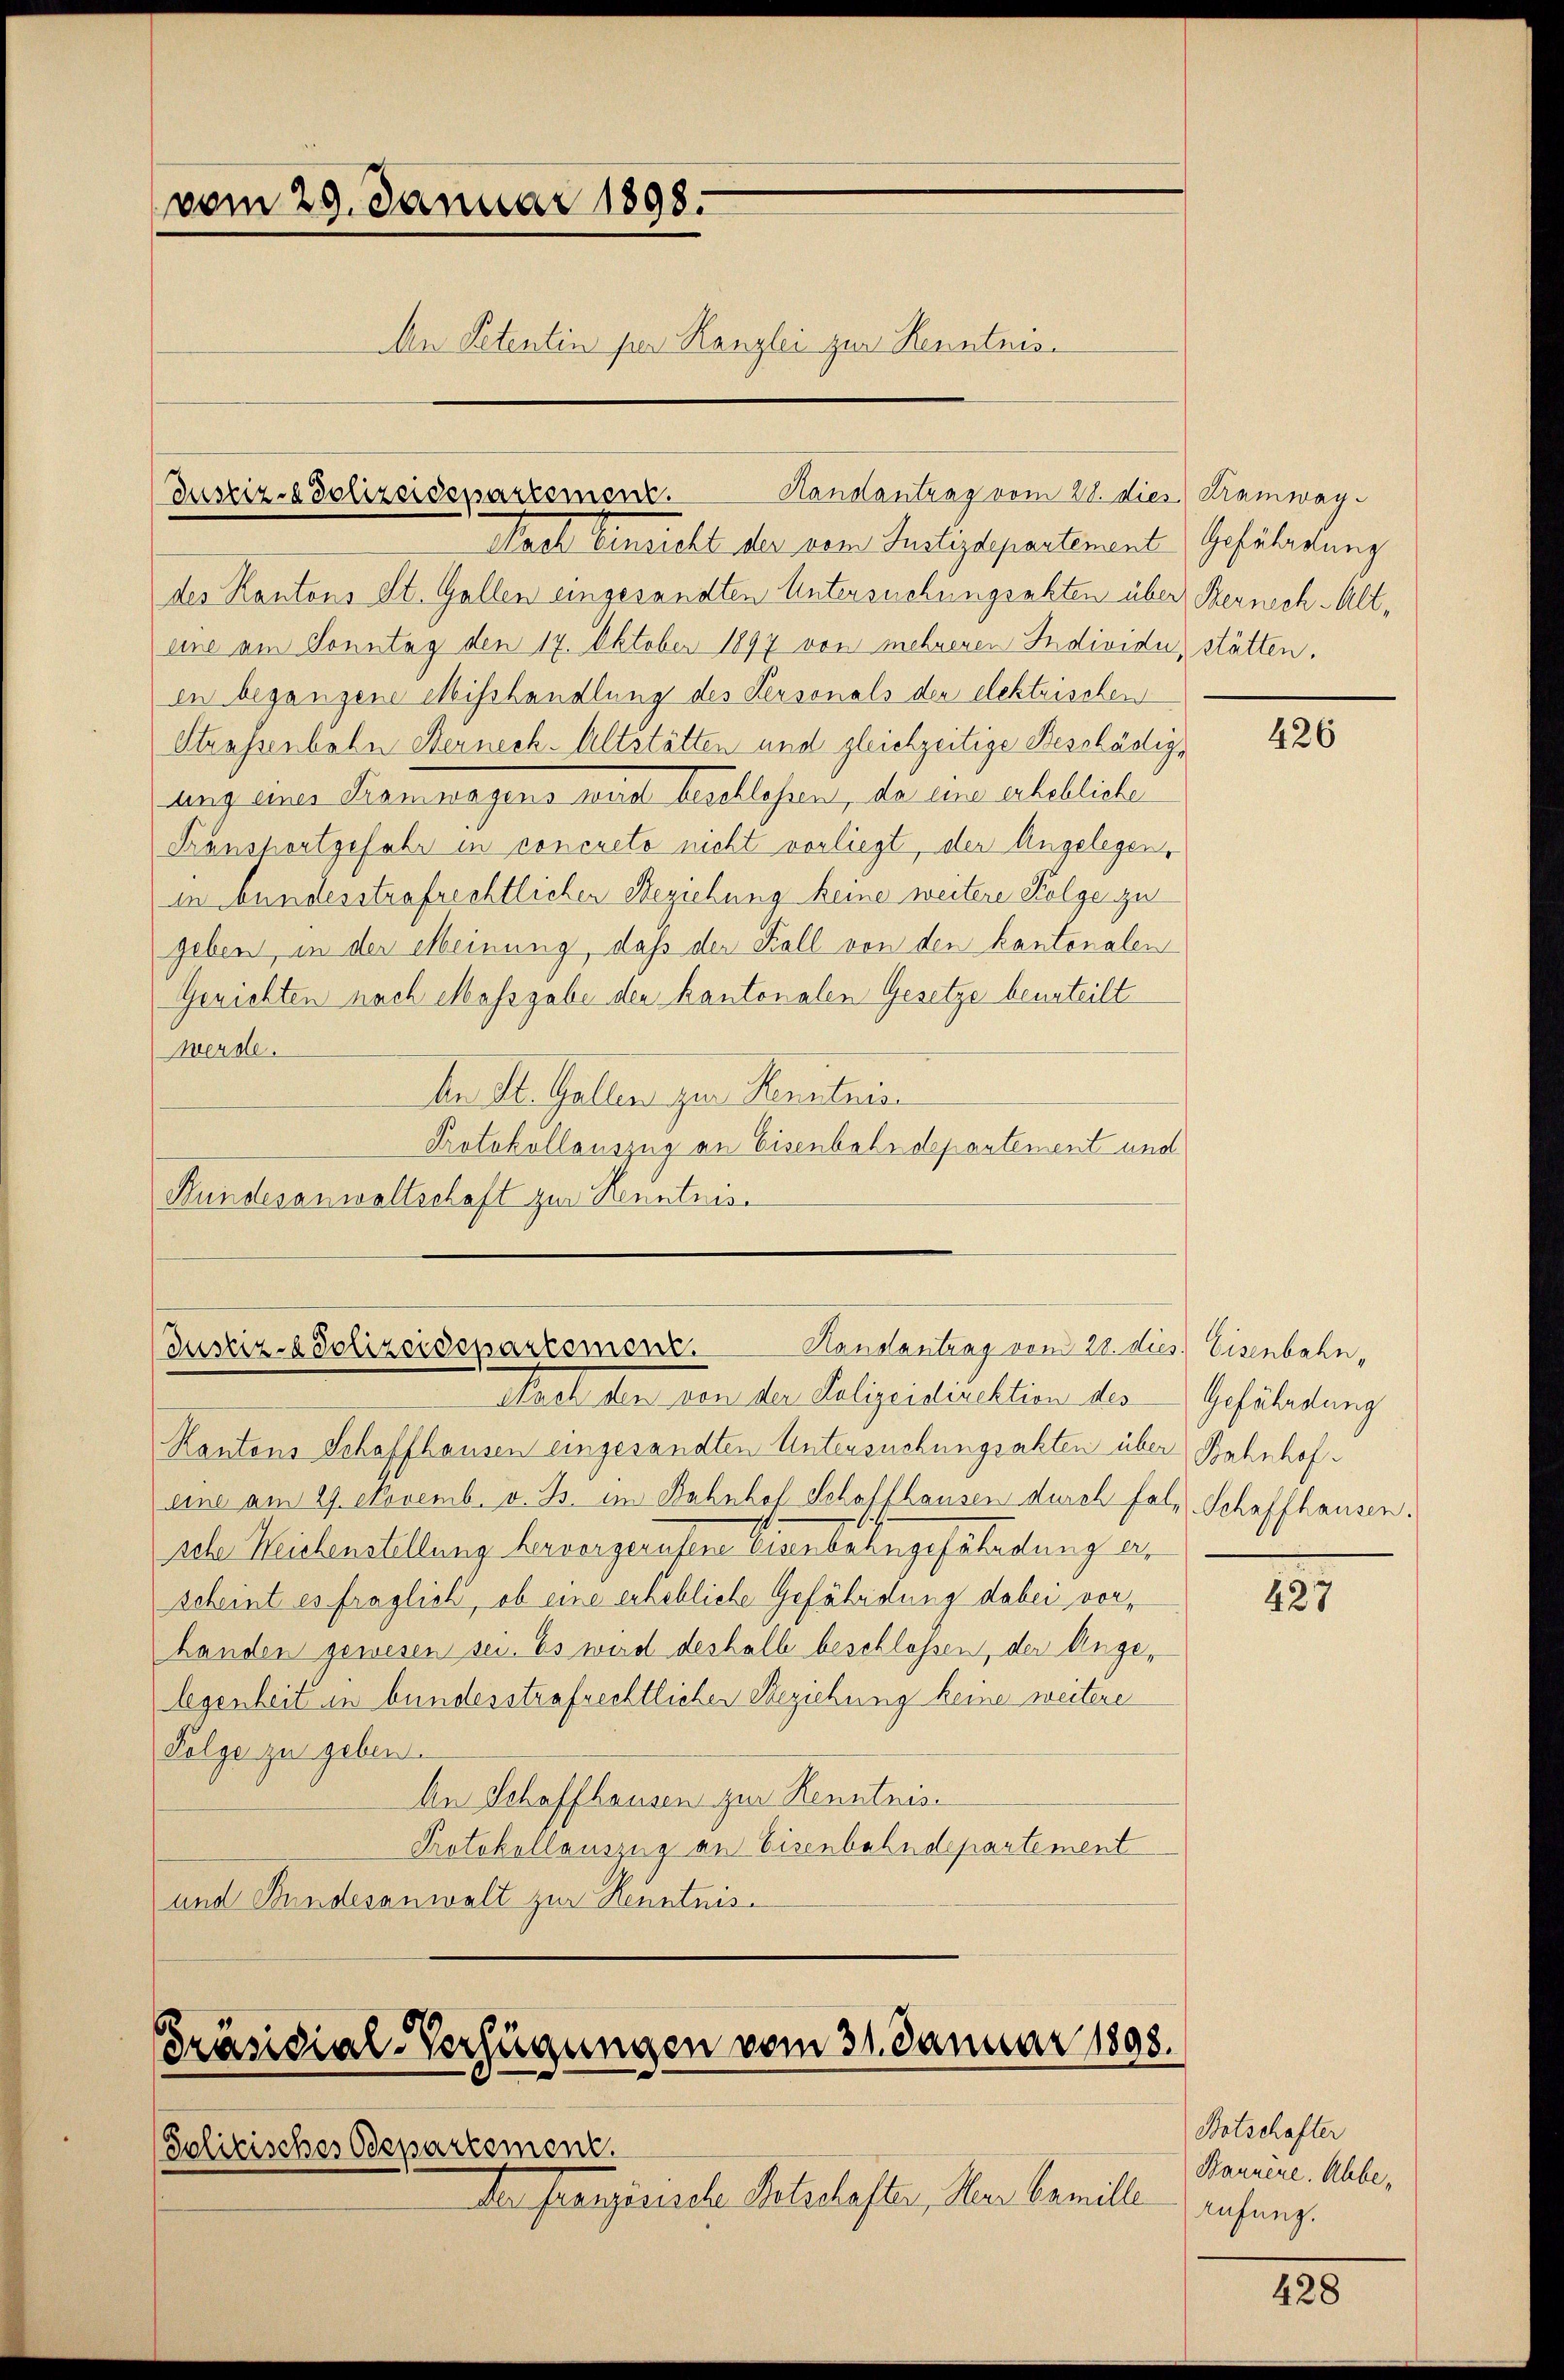
vom 29. Januar 1898.
An Petentin per Kanzlei zur Kenntnis¬

Justiz-Polizeidepartement.

des Kantons St. Gallen eingesandten Untersuchungsakten über Berneh-Alteine am Sonntag den 17. Oktober 1897 von mehreren Individu, stätten.
in begangene Misshandlung des Personals der elektrischen
Strassenbahn Berneck. Altstätten und gleichzeitige Beschädiguung einer Sitzungens mit Karlehen, die eine ausbliche
Transportgefahr in concreto nicht vorliegt, der Angelegen,
in bundesstrafrechtlichen Beziehung keine weitere Folge zu
geben, in der Meinung, daß der Fall von den kantonalen
Gerichten nach Massgabe den kantonalen Gesetze beurteilt
werde.
Der St. Gallen zur Kenntnis
Protokollauszug an Eisenbahr departement und
Bundesanwaltschaft zur Kenntnis

Handantrag vom 28. dies Tramway¬

Handantrag vom 28. dies Eisenbahn,
Justiz- & Polizeidepartement.

Nach Einsicht der vom Justizdepartement Geführung

Saal der von der Polizeidirektion des Gefährdung
Kantons Schaffhausen eingesandten Untersuchungsakten über Bahnhofeine am 29. Novemb. v. Js. im Bahnhof Schaffhausen durch fol, Schaffhausen.
sehe Kriebenstellung hervergeressen Eisenbahngesaladung er
scheint es fraglich, ob eine erhebliche Gefährdung dabei vorhanden gewesen sei. Es wird deshalb beschloßen, der Angelegenheit in bundesstrafrechtlicher Beziehung keine weitere
Folge zu geben.
An Schaffhausen zur Renntnis
Protokollauszug an Eisenbahndepartement
und Bundesanwalt zur Kenntnis.

Präsidial-Verfügungen vom 31. Januar 1898.

Solitisches Odepartement.
Der Pranginsche Sellaster, Herr Camille

426

1

Botschafter
Bannere. Ahbe¬
Aufung.

428